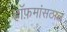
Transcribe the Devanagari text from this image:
हॉफ़मांसठाल